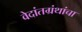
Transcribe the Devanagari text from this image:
वेदांतग्रंथांचा